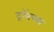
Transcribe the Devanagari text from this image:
ट्रॉयच्या